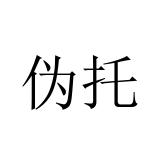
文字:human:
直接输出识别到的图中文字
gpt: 伪托